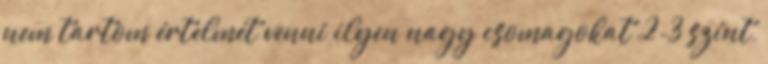
nem tartom értelmét venni ilyen nagy csomagokat 2-3 színt,